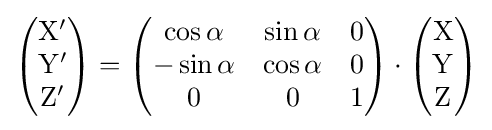
{\begin{pmatrix}\mathrm {X} '\\\mathrm {Y} '\\\mathrm {Z} '\\\end{pmatrix}}={\begin{pmatrix}\cos \alpha &\sin \alpha &0\\-\sin \alpha &\cos \alpha &0\\0&0&1\\\end{pmatrix}}\cdot {\begin{pmatrix}\mathrm {X} \\\mathrm {Y} \\\mathrm {Z} \\\end{pmatrix}}